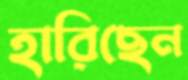
হারিছেন